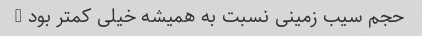
حجم سیب زمینی نسبت به همیشه خیلی کمتر بود …